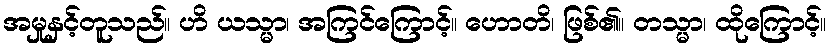
အမှုနှင့်တူသည်။ ဟိ ယသ္မာ၊ အကြင်ကြောင့်။ ဟောတိ၊ ဖြစ်၏။ တသ္မာ၊ ထိုကြောင့်။